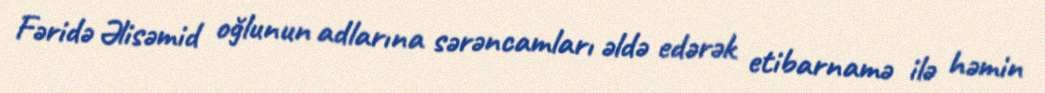
Fəridə Əlisəmid oğlunun adlarına sərəncamları əldə edərək etibarnamə ilə həmin